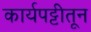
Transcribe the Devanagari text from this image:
कार्यपट्टीतून